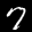
Label: 7